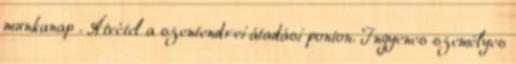
munkanap . Átvétel a szentendrei átadási ponton. Ingyenes személyes